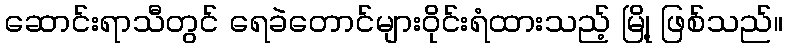
ဆောင်းရာသီတွင် ရေခဲတောင်များဝိုင်းရံထားသည့် မြို့ ဖြစ်သည်။